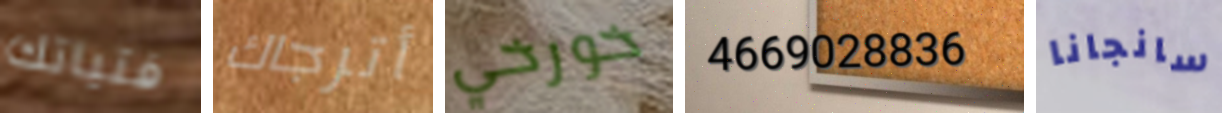
فتياتك أترجاك خورخي 4669028836 سانجانا